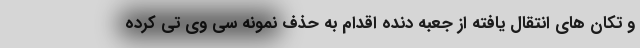
و تکان های انتقال یافته از جعبه دنده اقدام به حذف نمونه سی وی تی کرده